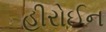
હીરોઈન